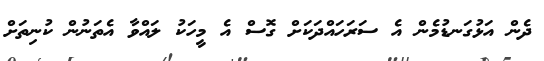
ދެން އަޅުގަނޑުމެން އެ ސަރަހައްދަކަށް ގޮސް އެ މީހަކު ލައްވާ އެތަނުން ކުނިތަށް